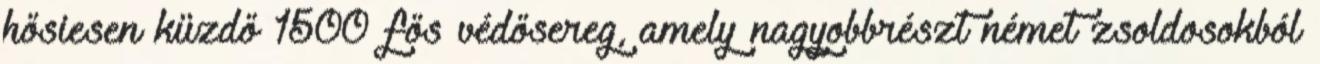
hősiesen küzdő 1500 fős védősereg, amely nagyobbrészt német zsoldosokból